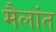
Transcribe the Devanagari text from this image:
मैलांत